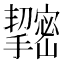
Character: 𢹫